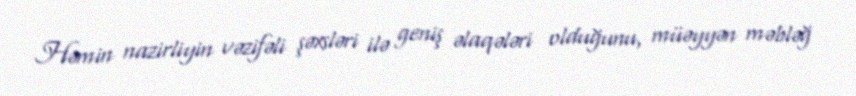
Həmin nazirliyin vəzifəli şəxsləri ilə geniş əlaqələri olduğunu, müəyyən məbləğ